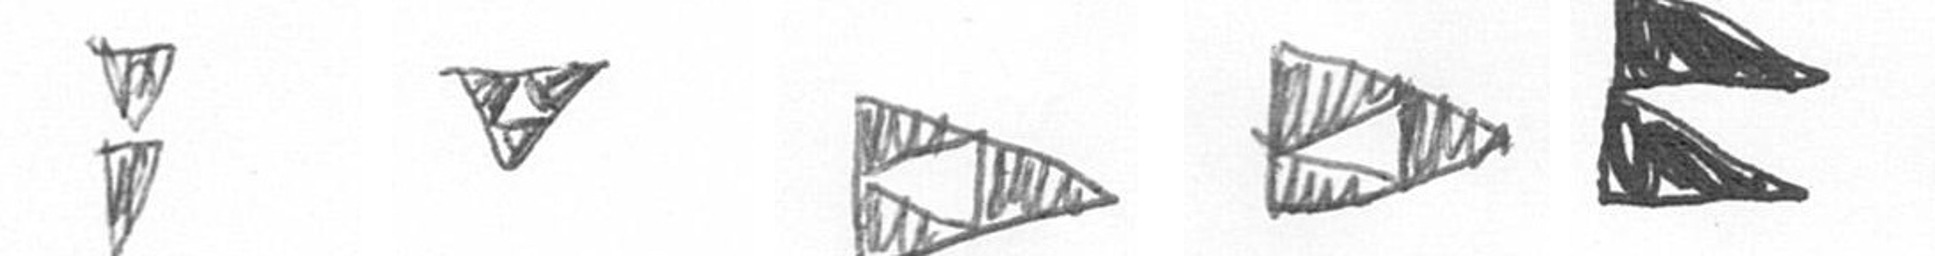
Z S K K P